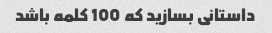
داستانی بسازید که 100 کلمه باشد